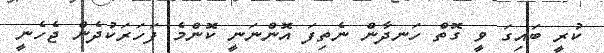
ކުރީ ބައިގަ ވީ ގޮތް ހަނދާން ނެތިފަ އޮންނަނީ ކޮންމެ ފަހަރަކުދެން ޖެހެނީ